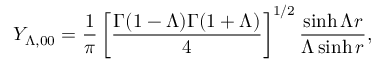
{ \cal Y } _ { \Lambda , 0 0 } = { \frac { 1 } { \pi } } \left[ \frac { \Gamma ( 1 - \Lambda ) \Gamma ( 1 + \Lambda ) } { 4 } \right] ^ { 1 / 2 } \frac { \sinh \Lambda r } { \Lambda \sinh r } ,